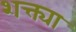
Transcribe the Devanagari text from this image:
शक्त्या